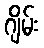
ဂျိမ်း